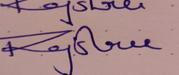
Signature authenticity: genuine